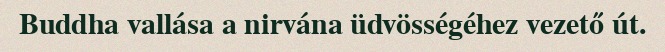
Buddha vallása a nirvána üdvösségéhez vezető út.